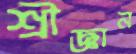
শ্রীজ্ঞান